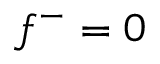
f ^ { - } = 0